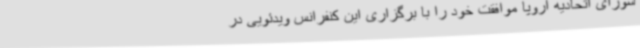
شورای اتحادیه اروپا موافقت خود را با برگزاری این کنفرانس ویدئویی در